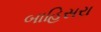
બાહિસરા